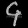
Digit: ၄